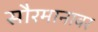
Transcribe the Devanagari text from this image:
सौरमानावर